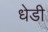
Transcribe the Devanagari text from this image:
धेडी